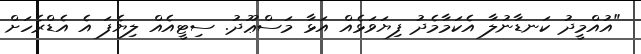
"އުއްމީދު ކަނޑާނުލާ އެކަމާމެދު ފިޔަވަޅެއް އަޅާ މަސްޢޫދު. ސިޓީއެއް ލިޔެފަ އެ އެޑްރެހަށް